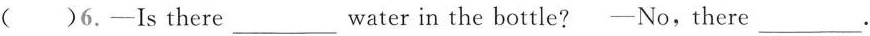
( )6.-Is there___water in the bottle?-No,there___.